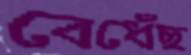
বেধেঁছ